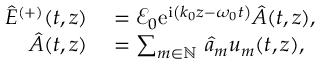
\begin{array} { r l } { \hat { E } ^ { ( + ) } ( t , z ) } & { { } = \mathcal { E } _ { 0 } \mathrm { e } ^ { \mathrm { i } \left( k _ { 0 } z - \omega _ { 0 } t \right) } \hat { A } ( t , z ) , } \\ { \hat { A } ( t , z ) } & { { } = \sum _ { m \in \mathbb { N } } \, \hat { a } _ { m } u _ { m } ( t , z ) , } \end{array}